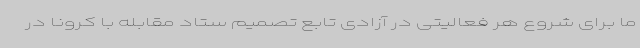
ما برای شروع هر فعالیتی در آزادی تابع تصمیم ستاد مقابله با کرونا در